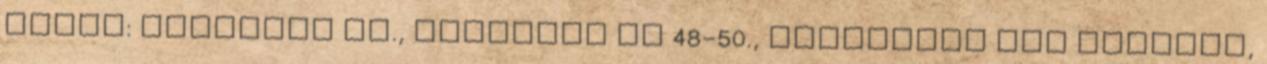
módja: Budapest XI., Budaörsi út 48-50., Hochegger Com irodája,